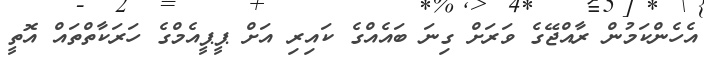
އެހެންކަމުން ރާއްޖޭގެ ވަރަށް ގިނަ ބައެއްގެ ކައިރި އަށް ޕީޕީއެމްގެ ހަރަކާތްތައް އޮތީ